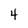
Character: 4